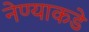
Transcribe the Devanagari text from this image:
नेण्याकडे